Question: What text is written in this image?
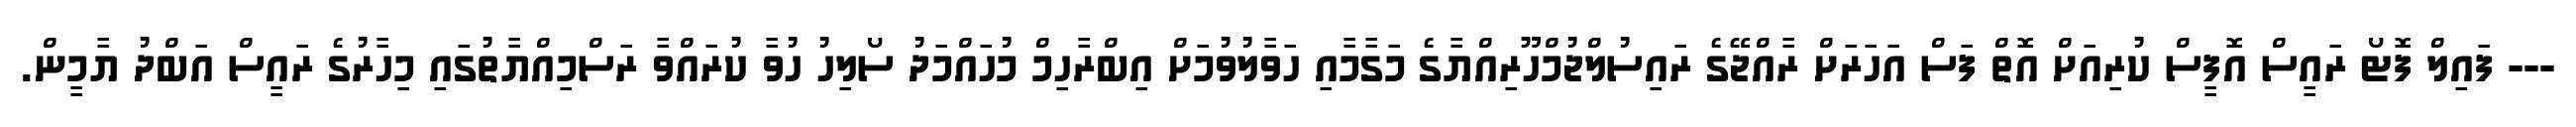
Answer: --- ފައިލް ފޮޓޯ ރައީސް އޮފީސް ކުރިއަށް އޮތް ފަސް އަހަރަށް ރާއްޖޭގެ ރައިސުލްޖުމްހޫރިއްޔާގެ މަގާމާއި ހަވާލުވުމަށް އިބްރާހިމް މުހައްމަދު ސޯލިހު ހުވާ ކުރައްވާ ރަސްމިއްޔާތުގައި މިހާރުގެ ރައީސް އަބްދު ޔާމީން.